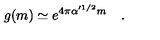
g ( m ) \simeq e ^ { 4 \pi \alpha ^ { \prime 1 / 2 } m } \quad .